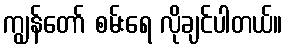
ကျွန်တော် စမ်းရေ လိုချင်ပါတယ်။